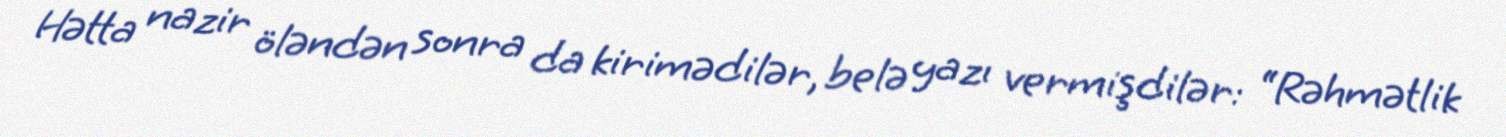
Hətta nazir öləndən sonra da kirimədilər, belə yazı vermişdilər: “Rəhmətlik